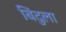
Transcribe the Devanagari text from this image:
बिंदुला